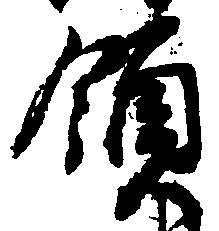
領